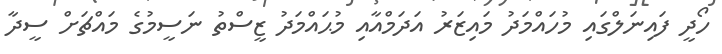
ހޯދީ ފައިނަލްގައި މުހައްމަދު މައިޒަރު އަދަމްއާއި މުޙައްމަދު ޒީސްތު ނަސީމުގެ މައްޗަށް ސީދާ